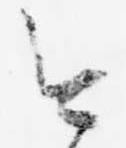
今